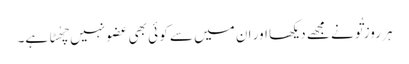
ہر روز تُو نے مجھے دیکھا اور ان میں سے کو ئی بھی عضو نہیں چھُٹا ہے۔